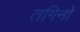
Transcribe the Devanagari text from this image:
तगिनों